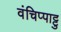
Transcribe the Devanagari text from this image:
वंचिप्पाट्टु